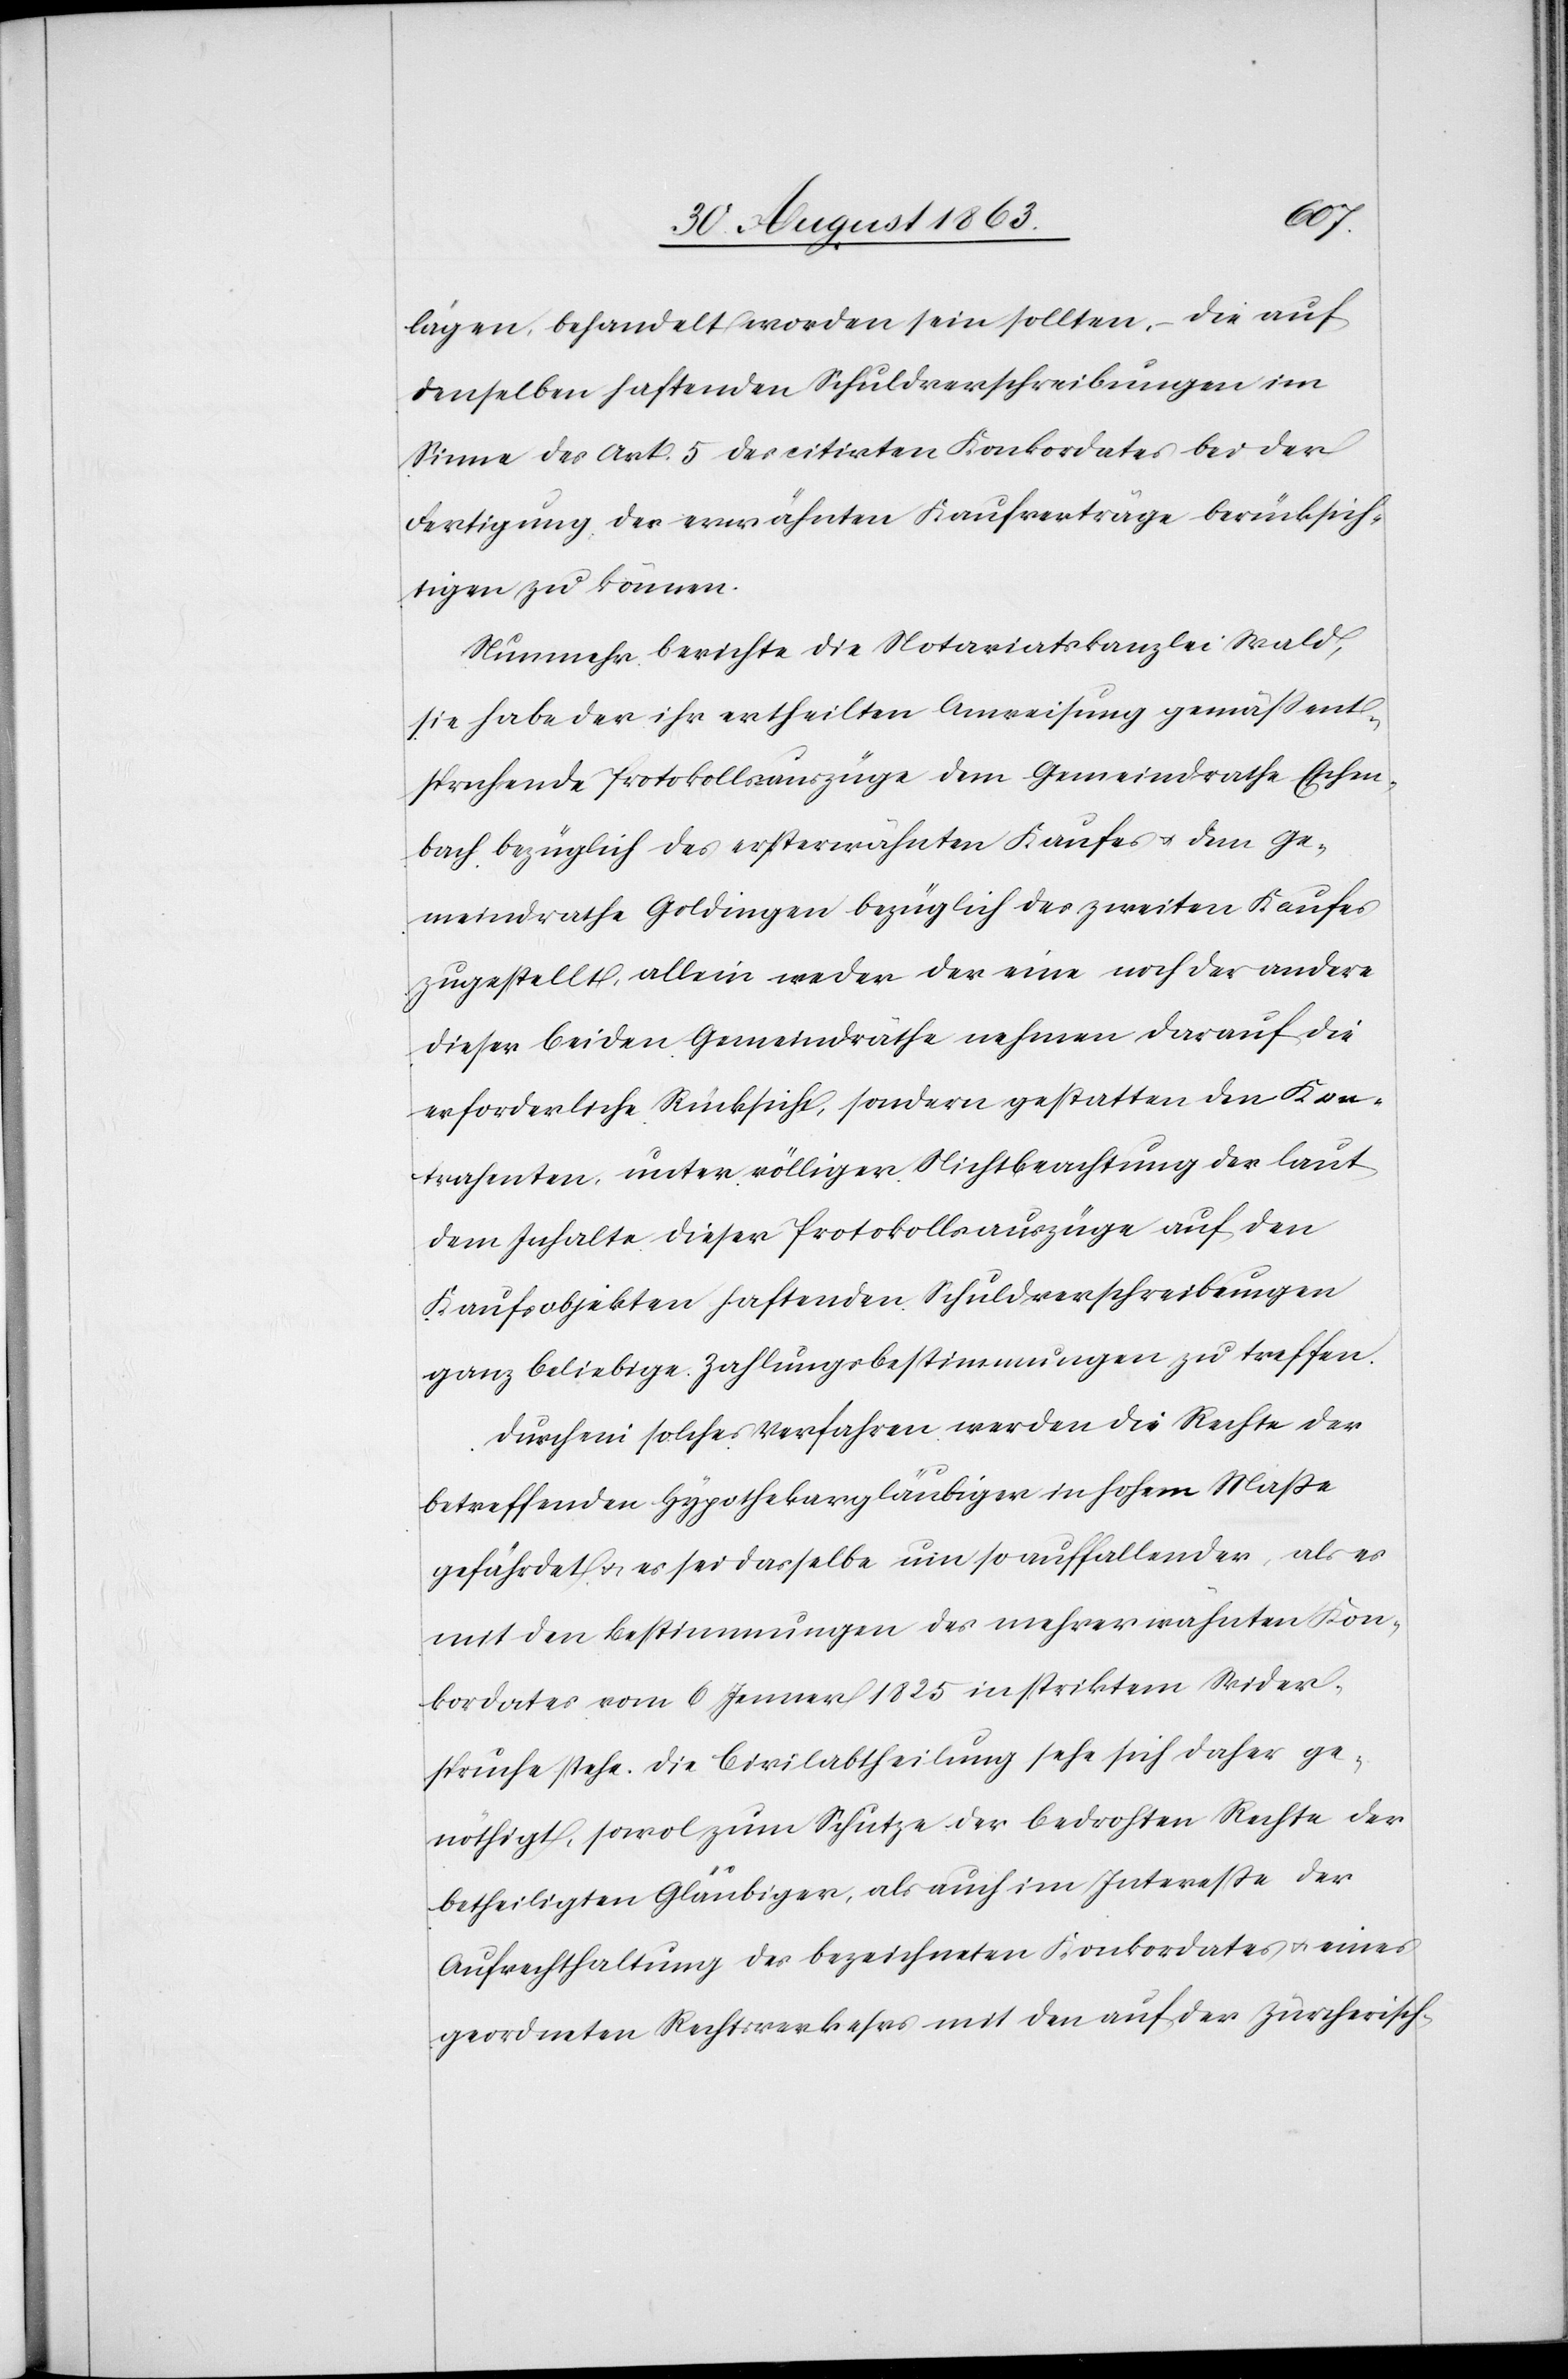
lägen, behandelt worden seien sollten. – Die auf
denselben haftenden Schulverschreibungen im
Sinne des Art. 5 des citirten Konkordates bei der
Fertigung der erwähnten Kaufverträge berücksich¬
tigen zu können.
Nunmehr berichte die Notariatskanzlei Wald,
sie habe der ihr ertheilten Anweisung gemäß ent¬
sprechende Protokollsauszüge dem Gemeindrathe Eschen¬
bach bezüglich des ersterwähnten Kaufes u. dem Ge¬
meindrathe Goldingen bezüglich des zweiten Kaufes
zugestellt, allein weder der eine noch der andere
dieser beiden Gemeindräthe nehmen darauf die
erforderliche Rücksicht, sondern gestatten den Kon¬
trahenten, unter völliger Nichtbeachtung der laut
dem Inhalte dieser Protokollsauszüge auf den
Kaufsobjekten haftenden Schuldverschreibungen
ganz beliebige Zahlungsbestimmungen zu treffen.
Durch ein solches Verfahren werden die Rechte der
betreffenden Hypothekargläubiger in hohem Maße
gefährdet u. es sei dasselbe um so auffallender, als es
mit den Bestimmungen des mehrer erwähnten Kon¬
kordates vom 6. Jenner 1825 in striktem Wider¬
spruche stehe. Die Civilabtheilung sehe sich daher ge¬
nöthigt, sowol zum Schutze, als auch im Interesse der
Aufrechthaltung des bezeichneten Konkordates u. eines
geordneten Rechtsverkehrs mit den auf der Zürcherisch-